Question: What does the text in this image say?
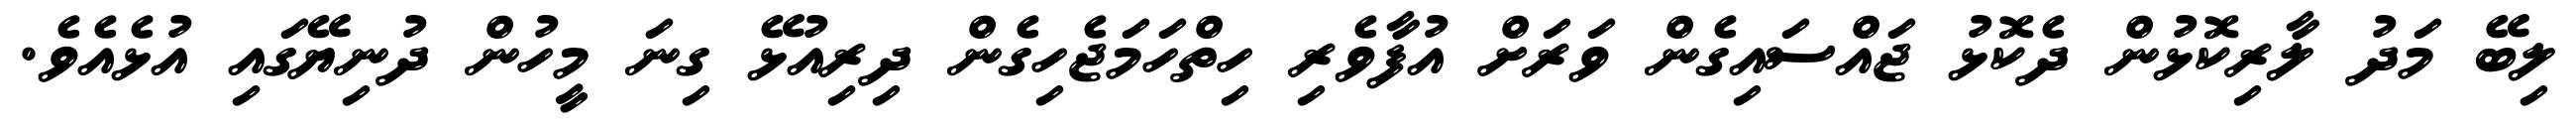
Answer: ލިބޭ މަދު ލާރިކޮޅުން ދެކޮޅު ޖައްސައިގެން ވަރަށް އުފާވެރި ހިތްހަމަޖެހިގެން ދިރިއުޅޭ ގިނަ މީހުން ދުނިޔޭގައި އުޅެއެވެ.